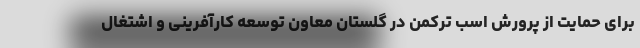
برای حمایت از پرورش اسب ترکمن در گلستان معاون توسعه کارآفرینی و اشتغال